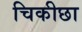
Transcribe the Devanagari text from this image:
चिकीछा